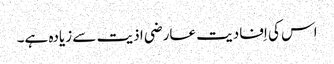
اس کی اِفادیت عارضی اذیت سے زیادہ ہے۔